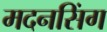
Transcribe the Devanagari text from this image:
मदनसिंग